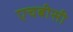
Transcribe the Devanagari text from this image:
एचबीसी